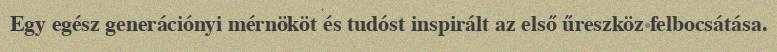
Egy egész generációnyi mérnököt és tudóst inspirált az első űreszköz felbocsátása.